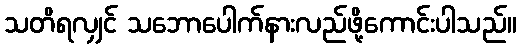
သတိရလျှင် သဘောပေါက်နားလည်ဖို့ကောင်းပါသည်။